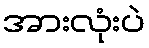
အားလုံးပဲ